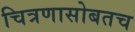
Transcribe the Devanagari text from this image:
चित्रणासोबतच